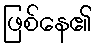
ဖြစ်နေ၏